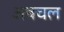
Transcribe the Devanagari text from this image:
अबचल